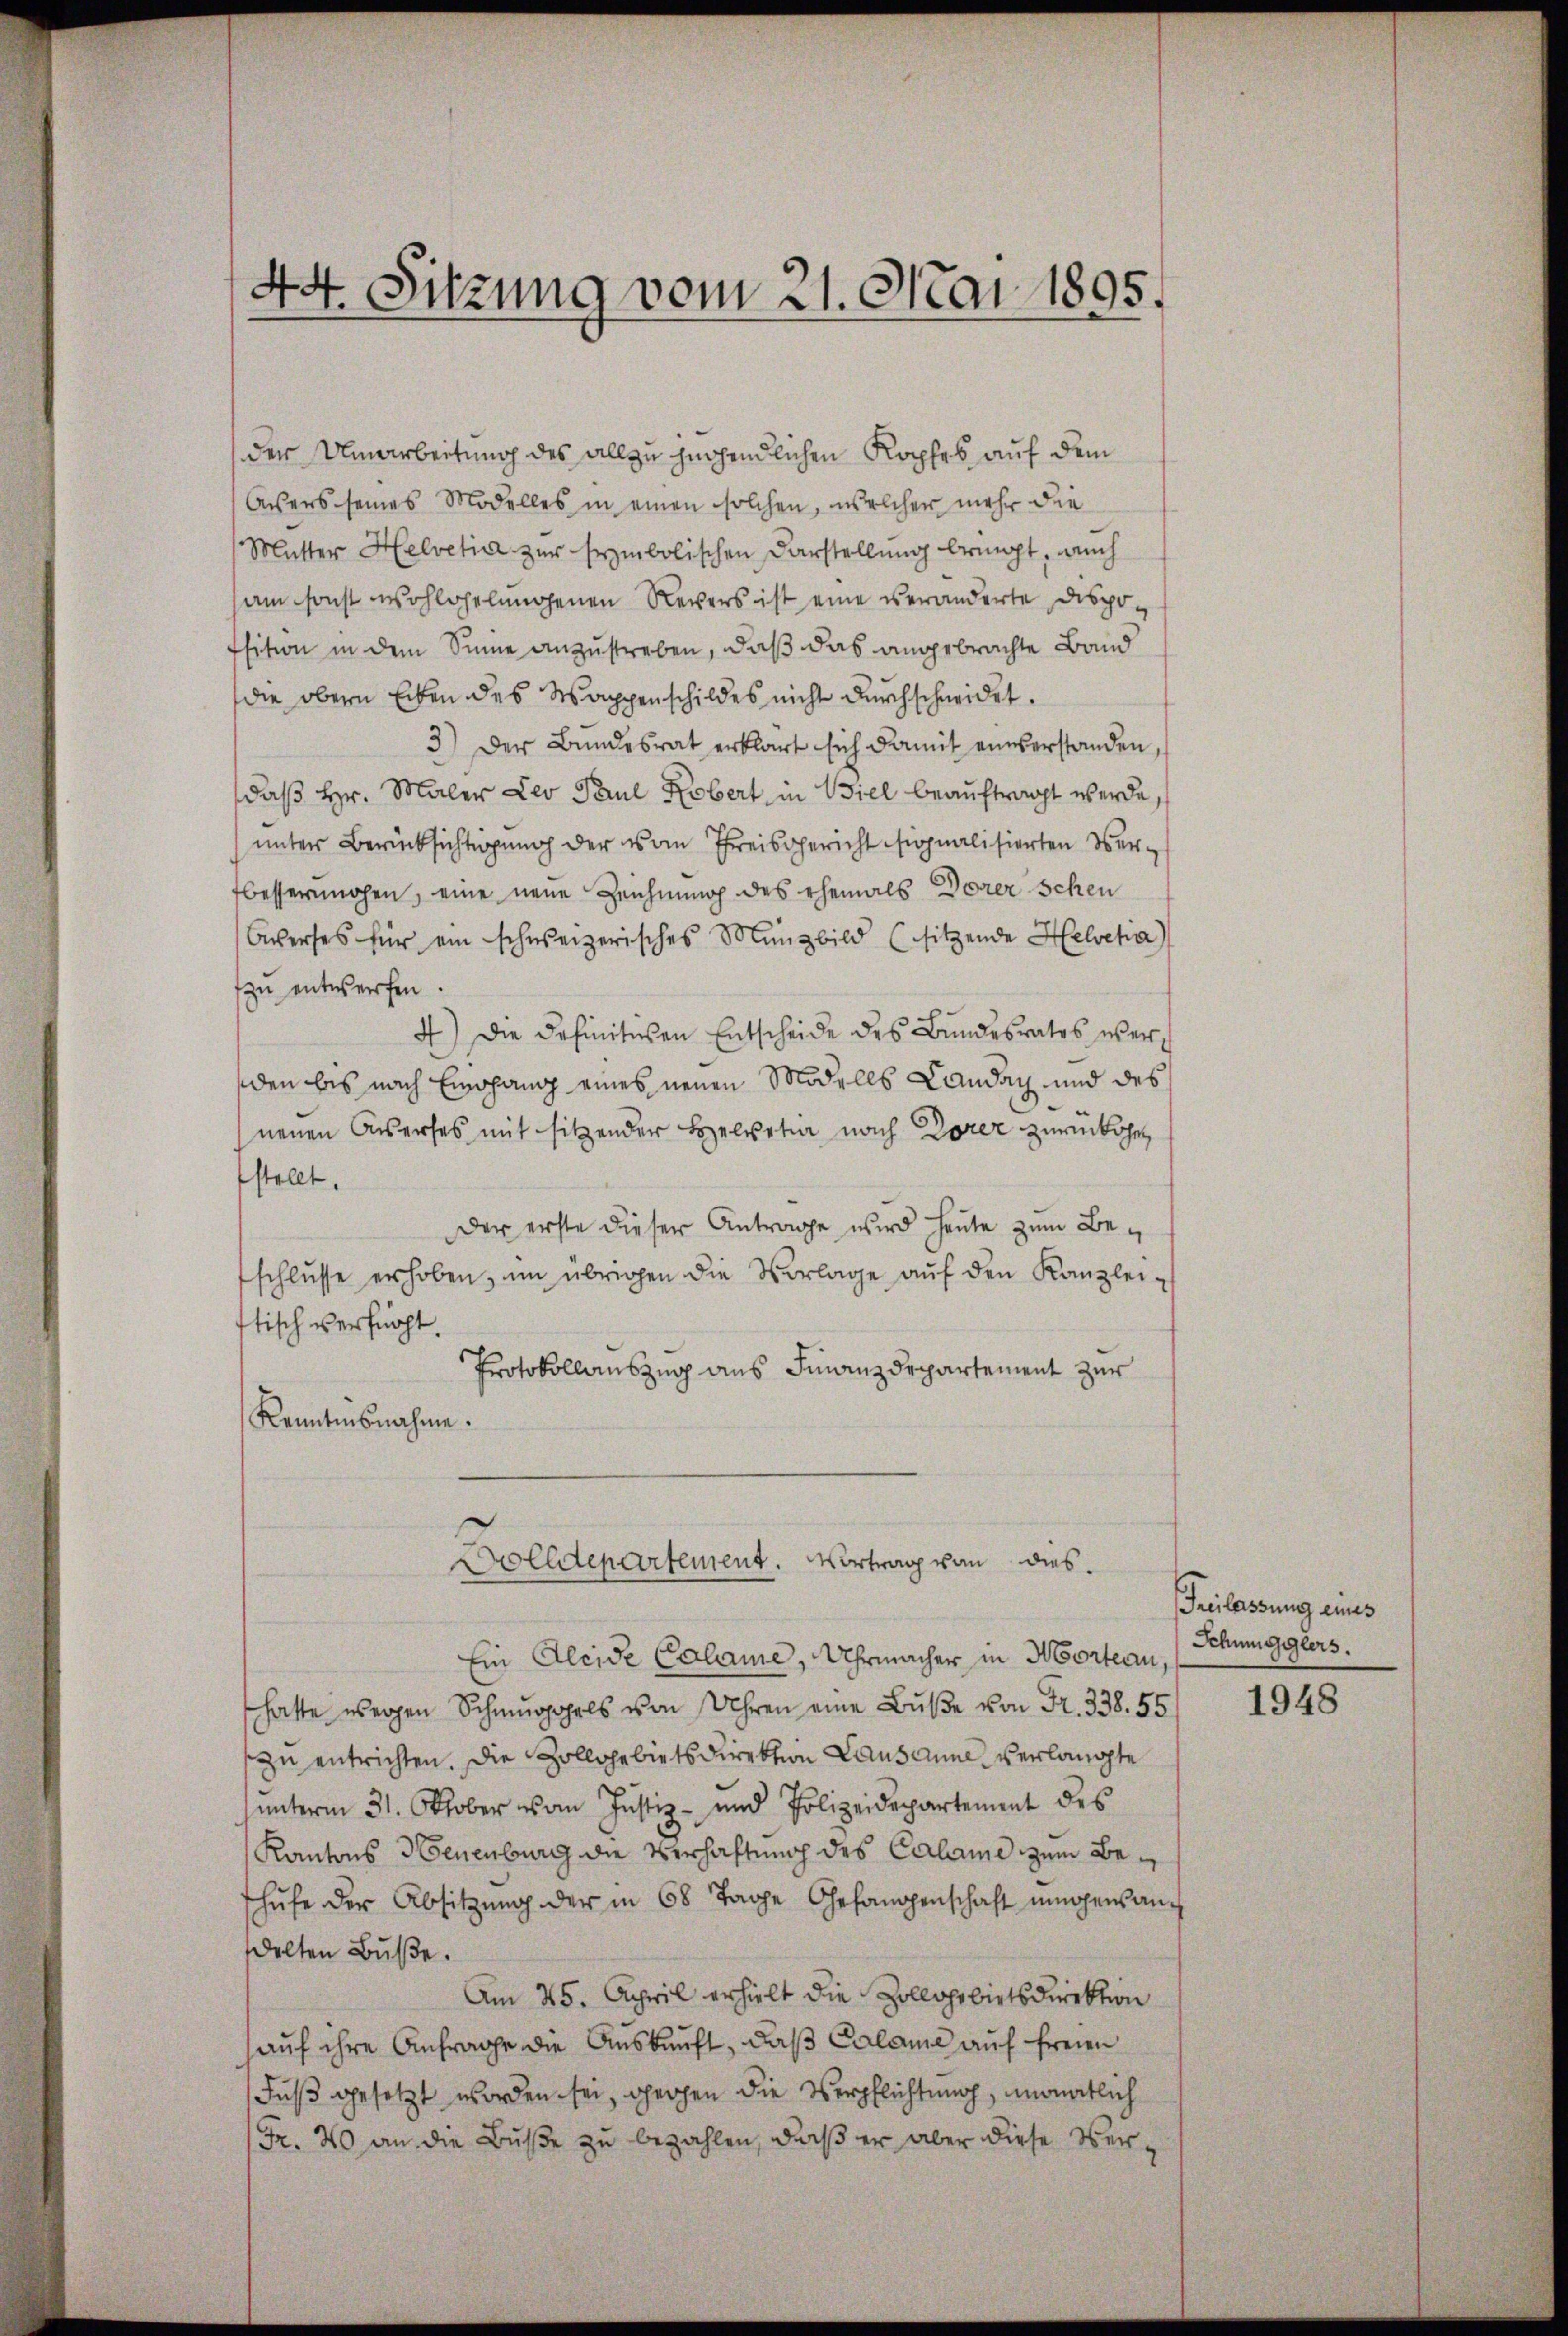
44. Sitzung vom 21. Mai 1895.

der Umarbeitung des allzu fügendlichen Kopfes auf dem
Assers seines Modelles in einen solchen, welcher mehr die
Mutter Helvetia zur symbolischen Darstellung bringt, auch
am sonst wohlgelungenen Revers ist eine veränderte Dispo¬
Esition in dem Sinne anzustreben, daß das angebrachte Band
die obern Erben des Wappenschildes nicht dŭrchschneidet.
3.) Der Bundesrat erklärt sich damit einverstanden,
daβ hr. Maler Leo Paul Kobert in Viel beauftragt werde,
unter Berücksichtigung der von Preisgericht signalisierten Verfbesserungen, eine neue Zeichnung des ehemals Dorer schen
Oerses für ein schweizerisches Münzbild (sitzende Helscha
zu entwerfen.
4) Die Definitiven Entscheide des Bundesrates werden bis nach Eingang eines neuen Modells Landag und des
neuen Oserses mit sitzender Helvetia nach Dorer zurückschen
stellt.
Der erste dieser Antrage wird heute zum Beschlŭsse erhoben, im übrigen die Vorlage aŭf den Kanzlei-
stisch verfügt.
Protokollauszug aus Finanzdepartement zur
Kenntnisnahme.
olldepartement. Vortrag von dies
Ein Aleide Calame, Uhrmacher in Morteau,
hatte wegen Schmuggels von Uhren eine Bŭβe von Fr. 338. 55
zu entrichten. Die Zollgebietsdirektion Lausanne verlangte
unterm 31. Oktober von Justiz- und Polizeidepartement des
Kantons Neuenburg die Verhaftung des Calame zum Beschŭfe der Absitzŭng der in 68 Tage Gefangenschaft eigensandelten Bŭβe.
Am 25. April erhielt die Zollgebietsdirektion
auf ihre Anfrage die Auskunft, daß Calame auf freien
Fuß gesetzt worden sei, gegen die Verpflichtung, monatlich
Fr. 40 an die Buße zu bezahlen, daß er aber diese Ver¬

Freilassung eines
Schmugglers.

1948